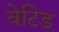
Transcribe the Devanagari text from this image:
वेटिड